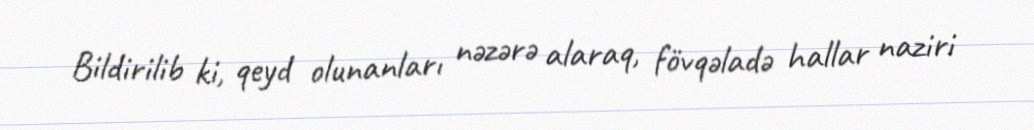
Bildirilib ki, qeyd olunanları nəzərə alaraq, fövqəladə hallar naziri